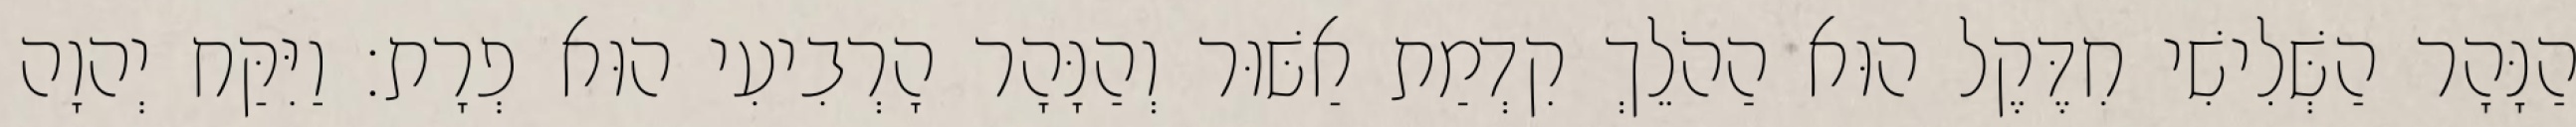
הַנָּהָר הַשְּׁלִישִׁי חִדֶּקֶל הוּא הַהֹלֵךְ קִדְמַת אַשּׁוּר וְהַנָּהָר הָרְבִיעִי הוּא פְרָת׃ וַיִּקַּח יְהוָה